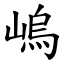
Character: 嵨